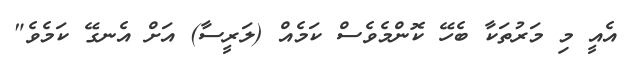
އެއީ މި މަރުތަކާ ބެހޭ ކޮންމެވެސް ކަމެއް (ލަރީސާ) އަށް އެނގޭ ކަމެވެ"